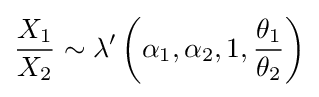
{\frac {X_{1}}{X_{2}}}\sim \lambda '\left(\alpha _{1},\alpha _{2},1,{\frac {\theta _{1}}{\theta _{2}}}\right)